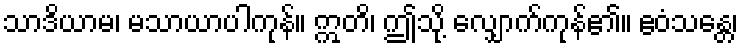
သာဒိယာမ၊ မသာယာပါကုန်။ ဣတိ၊ ဤသို့ လျှောက်ကုန်၏။ ဧဝံသန္တေ၊